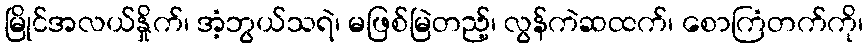
မြိုင်အလယ်နှိုက်၊ အံ့ဘွယ်သရဲ၊ မဖြစ်မြဲတည့်၊ လွန်ကဲဆထက်၊ စောကြံတက်ကို၊